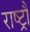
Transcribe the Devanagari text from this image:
राष्ट्रौं